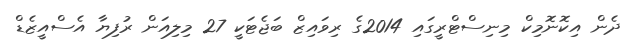
ދެން އިކޮނޮމިކް މިނިސްޓްރީގައި 2014ގެ ރިވައިޒް ބަޖެޓަކީ 27 މިލިއަން ރުފިޔާ އެސްއީޒެޑް